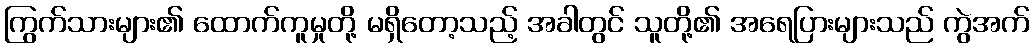
ကြွက်သားများ၏ ထောက်ကူမှုတို့ မရှိတော့သည့် အခါတွင် သူတို့၏ အရေပြားများသည် ကွဲအက်